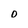
Character: O